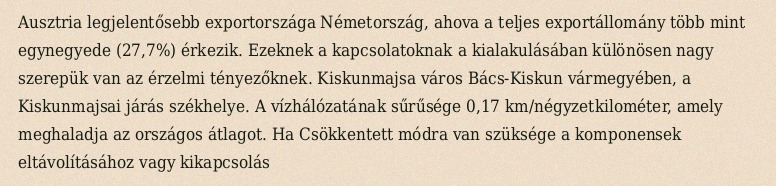
Ausztria legjelentősebb exportországa Németország, ahova a teljes exportállomány több mint egynegyede (27,7%) érkezik. Ezeknek a kapcsolatoknak a kialakulásában különösen nagy szerepük van az érzelmi tényezőknek. Kiskunmajsa város Bács-Kiskun vármegyében, a Kiskunmajsai járás székhelye. A vízhálózatának sűrűsége 0,17 km/négyzetkilométer, amely meghaladja az országos átlagot. Ha Csökkentett módra van szüksége a komponensek eltávolításához vagy kikapcsolás